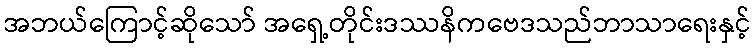
အဘယ်ကြောင့်ဆိုသော် အရှေ့တိုင်းဒဿနိကဗေဒသည်ဘာသာရေးနှင့်